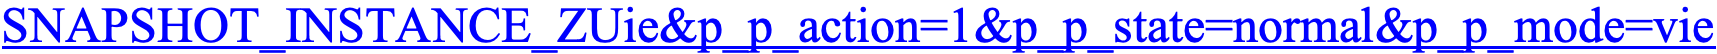
SNAPSHOT_INSTANCE_ZUie&p_p_action=1&p_p_state=normal&p_p_mode=vie